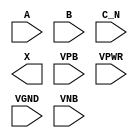
module sky130_fd_sc_lp__or3b (
    //# {{data|Data Signals}}
    input  A   ,
    input  B   ,
    input  C_N ,
    output X   ,

    //# {{power|Power}}
    input  VPB ,
    input  VPWR,
    input  VGND,
    input  VNB
);
endmodule